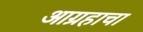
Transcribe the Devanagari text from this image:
आग्रहाचा